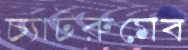
চ্যাটরুমেব